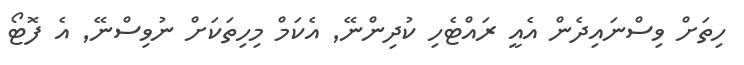
ހިތަށް ވިސްނައިދެން އެއީ ރައްޓެހި ކުދިންނޭ